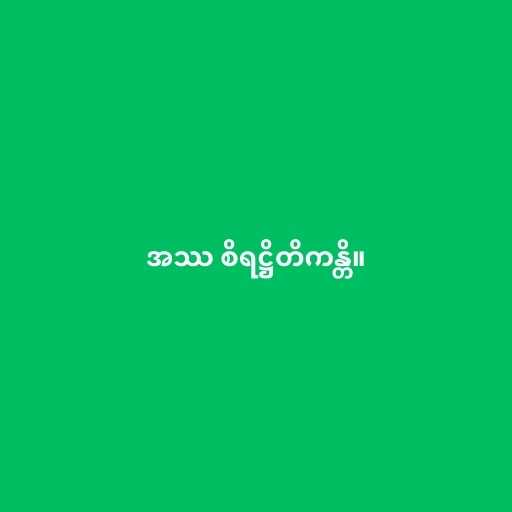
အဿ စိရဋ္ဌိတိကန္တိ။